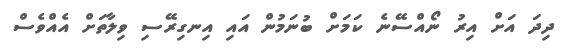
ދިދަ އަށް އިރު ނޯއްސޭނެ ކަމަށް ބުނަމުން އައި އިނގިރޭސި ވިލާތަށް އެއްވެސް